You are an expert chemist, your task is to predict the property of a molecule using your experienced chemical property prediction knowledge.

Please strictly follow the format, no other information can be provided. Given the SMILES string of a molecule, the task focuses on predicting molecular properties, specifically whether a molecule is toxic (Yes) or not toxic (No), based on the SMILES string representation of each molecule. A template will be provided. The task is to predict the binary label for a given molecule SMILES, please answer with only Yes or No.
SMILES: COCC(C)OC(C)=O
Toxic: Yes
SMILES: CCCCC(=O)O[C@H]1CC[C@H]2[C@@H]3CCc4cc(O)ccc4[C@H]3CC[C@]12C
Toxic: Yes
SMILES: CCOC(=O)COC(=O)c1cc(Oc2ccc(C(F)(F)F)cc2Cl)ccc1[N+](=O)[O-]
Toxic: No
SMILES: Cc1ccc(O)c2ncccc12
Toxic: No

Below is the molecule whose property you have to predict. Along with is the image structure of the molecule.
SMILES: CC(=O)OCCN(CCOC(C)=O)c1ccc(/N=N/c2ccc([N+](=O)[O-])cc2C#N)cc1
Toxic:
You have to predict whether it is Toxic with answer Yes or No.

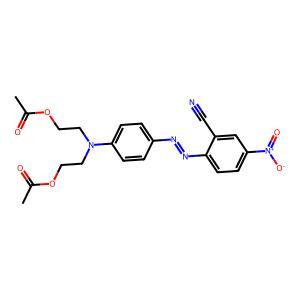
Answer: No